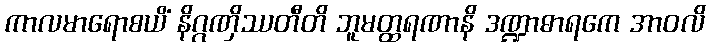
ကာလမာရောစယိံ နိဂ္ဂဏှိဿတီတိ ဘူမတ္ထရဏာနိ ဒဏ္ဍာဓာရကေ အာဝလိ